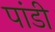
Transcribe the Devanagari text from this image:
पांडी